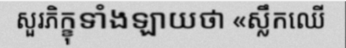
សួរភិក្ខុទាំងឡាយថា «ស្លឹកឈើ